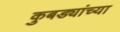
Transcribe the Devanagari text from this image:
कुबड्यांच्या